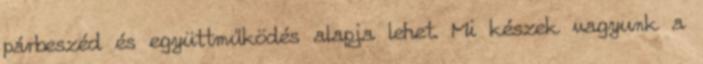
párbeszéd és együttműködés alapja lehet. Mi készek vagyunk a